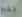
بخير